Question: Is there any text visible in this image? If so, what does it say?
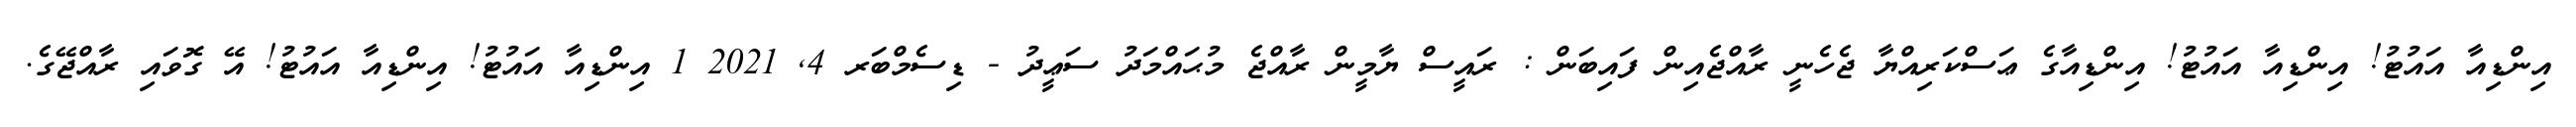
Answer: އިންޑިއާ އައުޓު! އިންޑިއާ އައުޓު! އިންޑިއާގެ ޢަސްކަރިއްޔާ ޖެހެނީ ރާއްޖެއިން ފައިބަން : ރައީސް ޔާމީން ރާއްޖެ މުޙައްމަދު ސަޢީދު - ޑިސެމްބަރ 4, 2021 1 އިންޑިއާ އައުޓު! އިންޑިއާ އައުޓު! އޭ ގޮވައި ރާއްޖޭގެ.